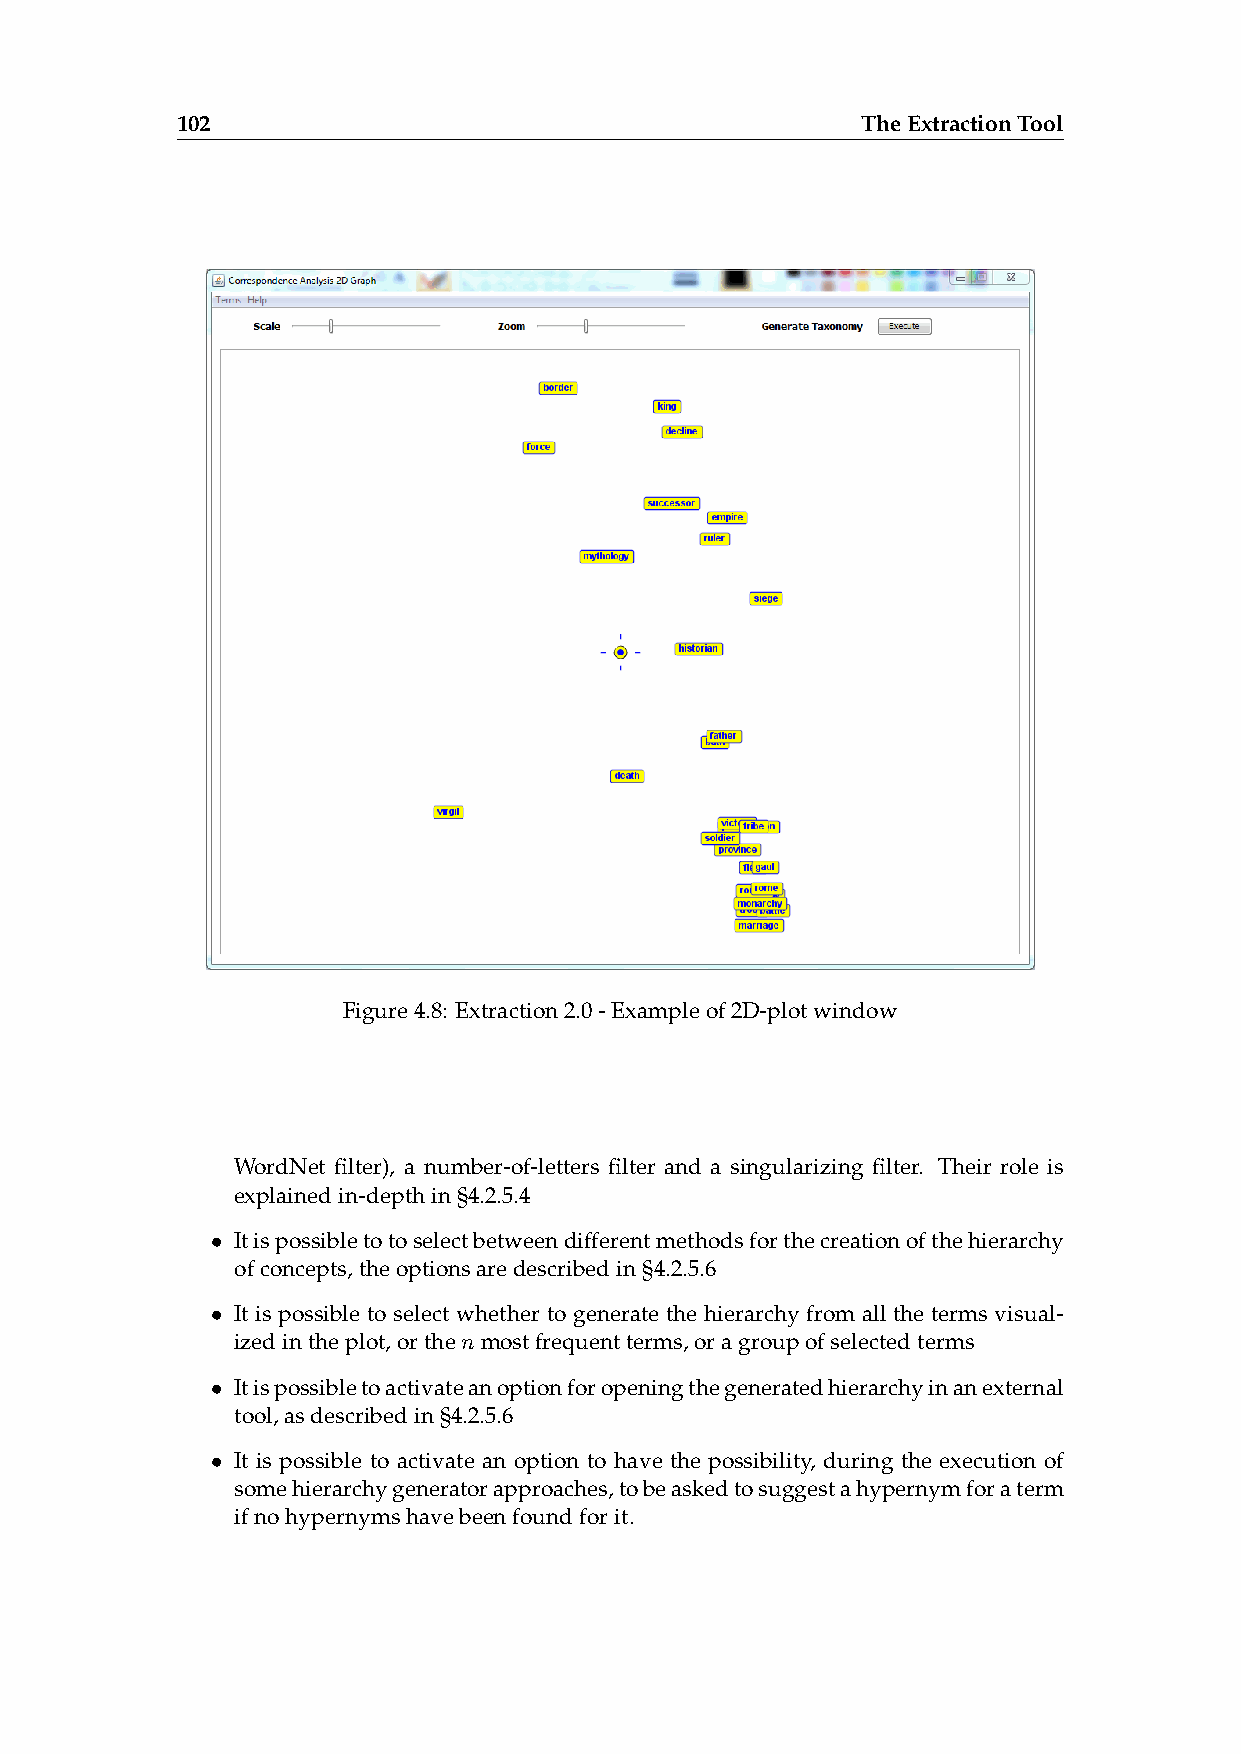
102                                          TheExtractionTool
 Figure4.8: Extraction2.0-Exampleof2D-plotwindow
 WordNet filter), a number-of-letters filter and a singularizing filter. Their role is
 explainedin-depthin§4.2.5.4
 • Itispossibletotoselectbetweendifferentmethodsforthecreationofthehierarchy
 ofconcepts,theoptionsaredescribedin§4.2.5.6
 • It is possible to select whether to generate the hierarchy from all the terms visual-
 izedintheplot,orthenmostfrequentterms,oragroupofselectedterms
 • Itispossibletoactivateanoptionforopeningthegeneratedhierarchyinanexternal
 tool,asdescribedin§4.2.5.6
 • It is possible to activate an option to have the possibility, during the execution of
 somehierarchygeneratorapproaches,tobeaskedtosuggestahypernymforaterm
 ifnohypernymshavebeenfoundforit.